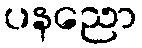
ပနညော